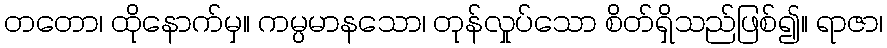
တတော၊ ထိုနောက်မှ။ ကမ္ပမာနသော၊ တုန်လှုပ်သော စိတ်ရှိသည်ဖြစ်၍။ ရာဇာ၊